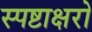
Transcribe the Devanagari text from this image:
स्पष्टाक्षरो